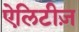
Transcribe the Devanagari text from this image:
ऐलिटीज़